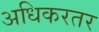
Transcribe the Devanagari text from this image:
अधिकरतर